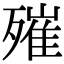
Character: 𣩑